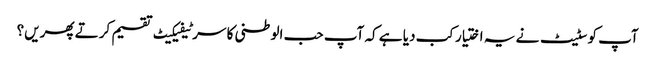
آپ کو سٹیٹ نے یہ اختیار کب دیا ہے کہ آپ حب الوطنی کا سرٹیفیکیٹ تقسیم کرتے پھریں؟